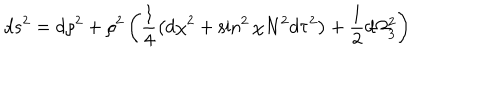
d s ^ { 2 } = d \rho ^ { 2 } + \rho ^ { 2 } \left( \frac { 1 } { 4 } \left( d \chi ^ { 2 } + \sin ^ { 2 } { \chi } N ^ { 2 } d \tau ^ { 2 } \right) + \frac { 1 } { 2 } d \Omega _ { 3 } ^ { 2 } \right)